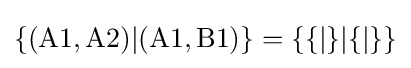
\{(\mathrm {A} 1,\mathrm {A} 2)|(\mathrm {A} 1,\mathrm {B} 1)\}=\{\{|\}|\{|\}\}